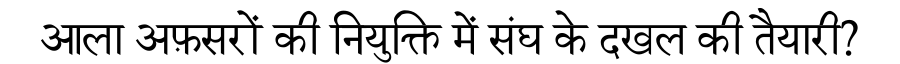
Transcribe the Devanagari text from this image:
आला अफ़सरों की नियुक्ति में संघ के दखल की तैयारी?